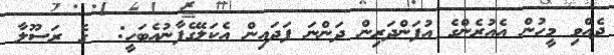
ދެއްވި މީހުން އެއުރެންގެ އުފަންދަރިން ދަންނަ ފަދައިން އެކަލޭގެފާނުއެބަހީ:  ގެ ރަސޫލާ